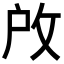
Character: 𢼄